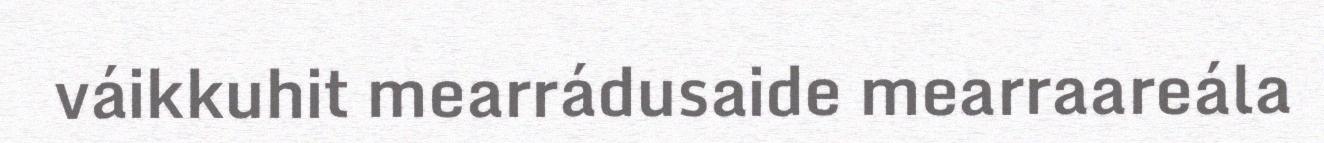
váikkuhit mearrádusaide mearraareála